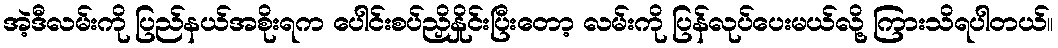
အဲ့ဒီလမ်းကို ပြည်နယ်အစိုးရက ပေါင်းစပ်ညှိနှိုင်းပြီးတော့ လမ်းကို ပြန်လုပ်ပေးမယ်လို့ ကြားသိရပါတယ်။